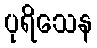
ပုရိသေန